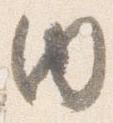
内